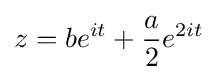
z=be^{it}+{a \over 2}e^{2it}